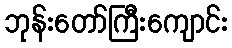
ဘုန်းတော်ကြီးကျောင်း